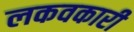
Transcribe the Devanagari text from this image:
लकवकारी